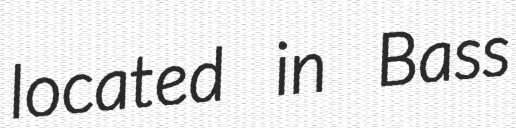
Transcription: located in Bass